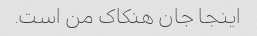
اینجا جان هنکاک من است.